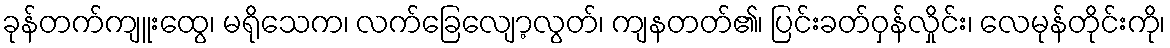
ခုန်တက်ကျူးထွေ၊ မရိုသေက၊ လက်ခြေလျော့လွတ်၊ ကျနတတ်၏၊ ပြင်းခတ်ဝှန်လှိုင်း၊ လေမုန်တိုင်းကို၊